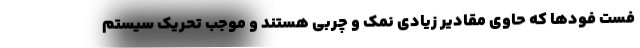
فست فودها که حاوی مقادیر زیادی نمک و چربی هستند و موجب تحریک سیستم